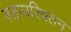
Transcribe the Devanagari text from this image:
रक्तपरिवतन